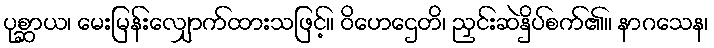
ပုစ္ဆာယ၊ မေးမြန်းလျှောက်ထားသဖြင့်။ ဝိဟေဌေတိ၊ ညှင်းဆဲနှိပ်စက်၏။ နာဂသေန၊